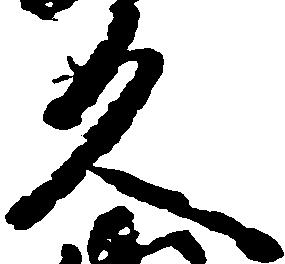
久